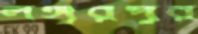
লঙ্গুরপুর